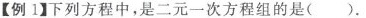
【例1】下列方程中，是二元一次方程组的是( ).